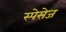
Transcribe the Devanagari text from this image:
स्पेसेज